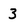
Character: 3